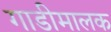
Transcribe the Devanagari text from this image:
गाडीमालक